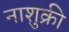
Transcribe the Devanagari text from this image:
नाशुक्री